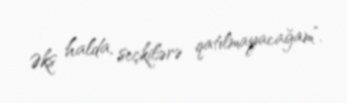
Əks halda, seçkilərə qatılmayacağam”.